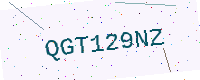
Text: QGT129NZ